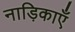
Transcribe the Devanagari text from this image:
नाड़िकाएँ